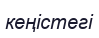
кеңістегі